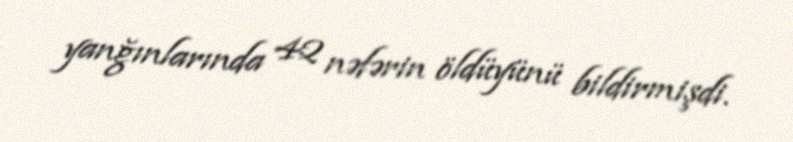
yanğınlarında 42 nəfərin öldüyünü bildirmişdi.